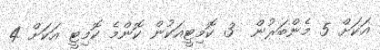
އަކަށް 5 މެންބަރުން  3 ކޮމިޓީއަކުން ކޮންމެ ކޮމިޓީ އަކަށް 4